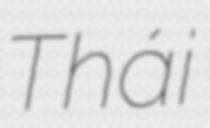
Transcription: Thái